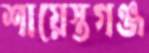
শায়েস্তগঞ্জ